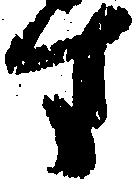
す